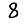
Digit: 8